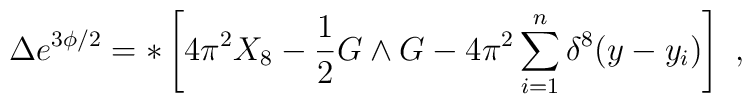
\Delta e^{3\phi/ 2}= *\left[4\pi^2 X_8 - {1\over 2} G \wedge G -4\pi^2 \sum^n_{i =1} \delta^8(y - y_i)\right] \ ,